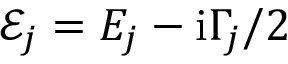
\mathcal { E } _ { j } = E _ { j } - \mathrm { i } \Gamma _ { j } / 2